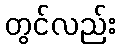
တွင်လည်း